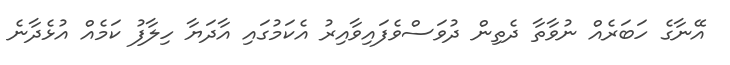
އޭނާގެ ހަބަރެއް ނުވާތާ ދެތިން ދުވަސްވެފައިވާއިރު އެކަމުގައި އާދަޔާ ހިލާފު ކަމެއް އުޅެދާނެ